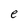
Character: e